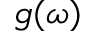
g ( \omega )